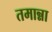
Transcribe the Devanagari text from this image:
तमान्ना